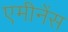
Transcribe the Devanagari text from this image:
एमीनेंस